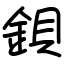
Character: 鋇